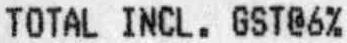
TOTAL INCL. GST@6%